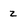
Character: Z